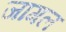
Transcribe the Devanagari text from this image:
जागल